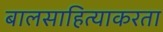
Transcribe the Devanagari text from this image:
बालसाहित्याकरता